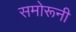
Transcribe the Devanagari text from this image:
समोरूनी